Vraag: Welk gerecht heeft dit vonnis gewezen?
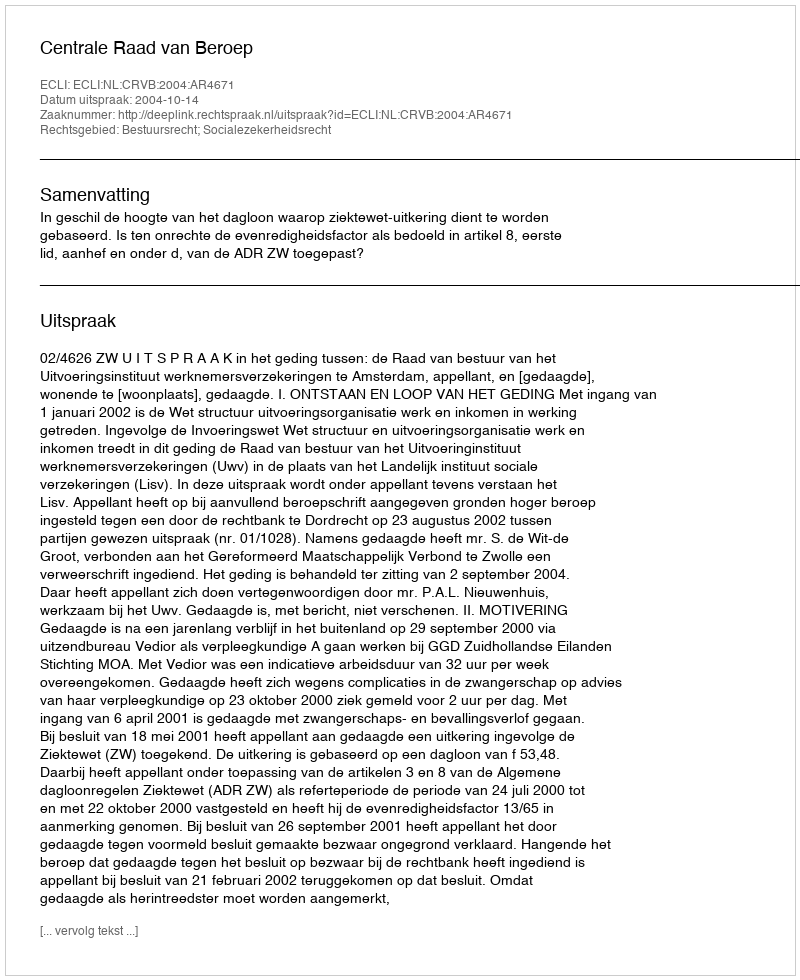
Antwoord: Centrale Raad van Beroep